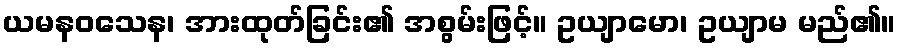
ယမနဝသေန၊ အားထုတ်ခြင်း၏ အစွမ်းဖြင့်။ ဥယျာမော၊ ဥယျာမ မည်၏။